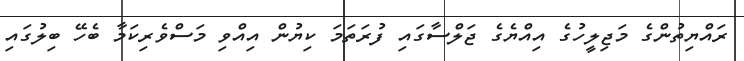
ރައްޔިތުންގެ މަޖިލީހުގެ އިއްޔެގެ ޖަލްސާގައި ފުރަތަމަ ކިޔުން އިއްވި މަސްވެރިކަމާ ބެހޭ ބިލުގައި